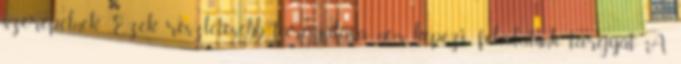
szerepelnek. Ezek részletesebb tárgyalása nem képezi feladatunk tárgyát. A